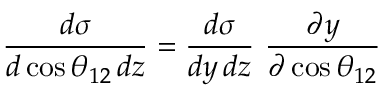
\frac { d \sigma } { d \cos \theta _ { 1 2 } \, d z } = \frac { d \sigma } { d y \, d z } \ \frac { \partial y } { \partial \cos \theta _ { 1 2 } }